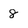
Character: 8